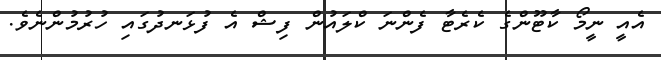
އެއީ ނީމޯ ކާޓޫންގެ ކެރެޓާ ފެންނަ ކްލައުން ފިޝް އެ ފުޅަނދުގައި ހުރުމުންނެވެ.